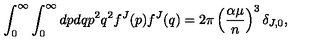
\int _ { 0 } ^ { \infty } \int _ { 0 } ^ { \infty } d p d q p ^ { 2 } q ^ { 2 } f ^ { J } ( p ) f ^ { J } ( q ) = 2 \pi \left( \frac { \alpha \mu } { n } \right) ^ { 3 } \delta _ { J , 0 } ,